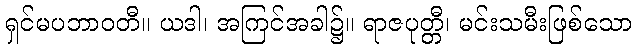
ရှင်မပဘာဝတီ။ ယဒါ၊ အကြင်အခါ၌။ ရာဇပုတ္တီ၊ မင်းသမီးဖြစ်သော